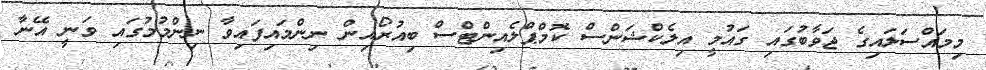
މިމައްސަލައިގެ ޖަވާބުގައި ގައުމީ އިލެކްޝަންސް ކޮމްޕްލެއިންޓްސް ބިއުރޯއިން ނިންމައިފައިވާ ނިންމުމުގައި ވަނީ އޭނާ